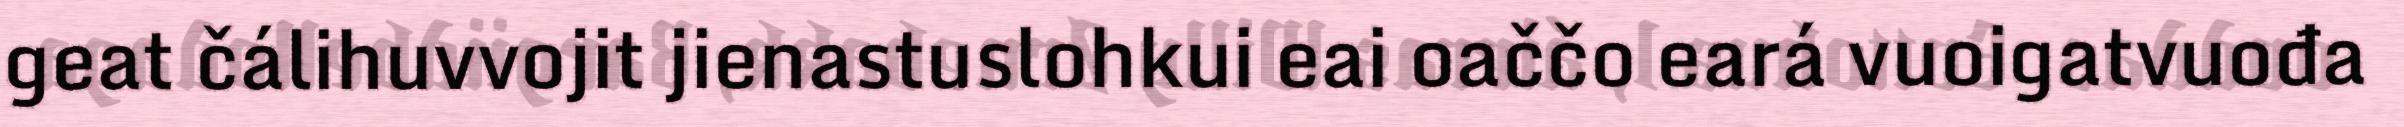
geat čálihuvvojit jienastuslohkui eai oaččo eará vuoigatvuođa